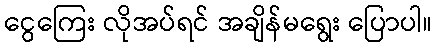
ငွေကြေး လိုအပ်ရင် အချိန်မရွေး ပြောပါ။